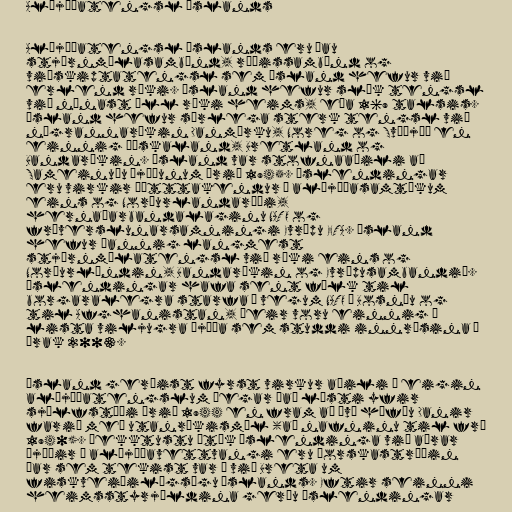
Alþjóðatengsl Íslands

Alþjóðatengsl Íslands eru þau
stjórnmálasambönd, ræðissambönd og
viðskiptatengsl sem Ísland hefur við
erlend ríki. Ísland hefur slík tengsl
við nánast öll ríki heims, eða 169 talsis.
Ísland hefur sérlega sterk tengsl við
nágrannaríkin Danmörku, Noreg og Svíþjóð en
einnig Þýskaland, Bretland og
Bandaríkin. Ísland var stofnaaðili að
Sameinuðu þjóðunum árið 1945. Íslendingar
eru virkir þátttakendur í alþjóðasamtökum
eins og Norðurlandaráði,
hernaðarbandalaginu NATO og
fríverslunarsamningi Evrópu EFTA. Ísland
hefur þannig langmest
stjórnmálatengsl við ríki eins og
Norðurlöndin, Bandaríkin og Evrópusambandið.
Íslendingar hafa sent fólk til
borgaralegra starfa á vegum NATO í Bosníu og
til Afghanistan, þeir voru einnig á
lista viljugra þjóða sem studdi innrásina í
Írak 2003.

Ísland gerðist fyrst virkur aðili í eigin
alþjóðatengslum þegar það lýsti yfir
sjálfstæði árið 1944 en fram að því höfðu Danir
farið með utanríkismál (að nafninu til frá
1940). Þekktustu átök Íslendinga við aðrar
þjóðir á alþjóðavettvangi eru Þorskastríðin
þar sem tekist var á við Breta um
fiskveiðilögsögu Íslands. Eftir seinni
heimsstyrjöldina gerðu Íslendingar